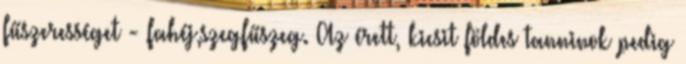
fűszerességet - fahéj,szegfűszeg. Az érett, kicsit földes tanninok pedig